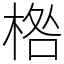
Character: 𣓌